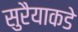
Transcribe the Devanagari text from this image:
सुरैयाकडे